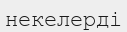
некелерді